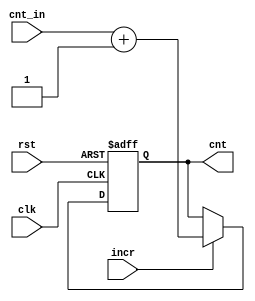
module counter(
    input clk,
    input rst,
    input incr,
    input [4:0] cnt_in,
    output reg [4:0] cnt
);

always @(posedge clk,posedge rst) begin
    if(rst) begin
        cnt <= 5'b0;
    end
    else if(incr) begin
        cnt <= cnt_in + 1;    
    end
end

endmodule


//------------------------------------------------------------------------------------


module adder(
    input [15:0] x,
    input [15:0] y,
    input c_in,
    output reg [15:0] z,
    output reg c_out 
);

always @(*) begin
    {c_out,z} <= x + y + c_in;
end

endmodule


//------------------------------------------------------------------------------------


module m_reg(
    input clk,
    input rst,
    input ld,
    input neg,
    input [15:0] M,
    output reg [15:0] m_rez
);

always @(posedge clk,posedge rst) begin
    if(rst) begin
        m_rez <= 16'b0;
    end
    else begin
        if(ld) begin
            m_rez <= M;
        end
        else if(neg) begin
            m_rez <= ~M + 1'b1;
        end
    end
end

endmodule


//------------------------------------------------------------------------------------


module q_reg(
    input clk,
    input rst,
    input ld,
    input ld_out,
    input shift,
    input corector,
    input a0,
    input [15:0] Q,
    input [15:0] q_in,
    output reg [15:0] q_rez,
    output reg [15:0] out
);


always @(posedge clk,posedge rst) begin
    if(rst) begin
        q_rez <=16'b0;
    end
    else begin
        if(ld) begin
            q_rez <= Q;
        end
        else if(shift) begin 
            q_rez <= {a0,q_in[15:1]};
        end
        else if(corector) begin
            q_rez <= {q_in[15:1],1'b0};
        end
        else if(ld_out) begin
            out <= q_rez;
        end
    end
end


endmodule


//------------------------------------------------------------------------------------


module a_reg(
    input clk,
    input rst,
    input ld,
    input ld_out,
    input shift,
    input Q,
    input M,
    input F,
    input [15:0] A,
    output reg [15:0] a_rez,
    output reg f_out,
    output reg [15:0] out
);

always @(posedge clk,posedge rst) begin
    if(rst) begin
        a_rez <= 16'b0;
        f_out <= 0;
    end
    else begin
        if(ld) begin
            a_rez <= A;
        end
        else if(shift) begin
            f_out <= (Q & M) | F;
            a_rez <= {f_out,a_rez[15:1]};
        end
        else if(ld_out) begin
            out <= a_rez;
        end
    end
end

endmodule


//------------------------------------------------------------------------------------


module control(
    input clk,
    input rst,
    input bgn,
    input [4:0] counter,
    input Q,
    input A_neg,
    output reg fin,
    output reg c0,c1,c2,c3,c4,c5,c6
);

reg [3:0] nxt_state,state_reg;

parameter S0 = 4'b0000;
parameter S1 = 4'b0001;
parameter S2 = 4'b0010;
parameter S3 = 4'b0011;
parameter S4 = 4'b0100;
parameter S5 = 4'b0101;
parameter S6 = 4'b0110;
parameter S7 = 4'b0111;
parameter S8 = 4'b1000;
parameter S9 = 4'b1001;
parameter S10 = 4'b1010;
parameter INIT = 4'b1011;
parameter FIN = 4'b1100;


always @(posedge clk,posedge rst) begin
    if (rst) begin
        state_reg <= INIT;
    end 
    else if(rst == 1'b0) begin
        state_reg <= nxt_state;        
    end
end


always @(*) begin
    case (state_reg)
        INIT : begin
            if(bgn == 1) begin
                nxt_state = S0;
                
            end
            else begin
                nxt_state = INIT;
            end
        end
        S0 : begin
            nxt_state = S1;           
        end
        S1 : begin
            nxt_state = S2;
        end
        S2 : begin
            nxt_state = S3;
        end 
        S3 : begin
            if(Q == 1'b1) begin
                nxt_state = S4;
            end
            else if(Q == 1'b0) begin
                nxt_state = S5;
            end
        end
        S4 : begin
            nxt_state = S5;
        end 
        S5 : begin
            nxt_state = S6;
        end
        S6 : begin
            if(counter < 5'b10000) begin
                nxt_state = S3;
            end
            else if(Q == 1'b1 && A_neg ==1'b1) begin
                nxt_state = S8;
            end
            else begin
                nxt_state = S7;
            end
        end
        S7 : begin
            nxt_state = S9;
        end
        S8 : begin
            nxt_state = S9;
        end 
        S9 : begin
            nxt_state = S10;
        end
        S10 : begin
            nxt_state = FIN;
        end
    endcase
    
end

always @(state_reg) begin
    {c0, c1, c2, c3, c4, c5, c6, fin} <= 8'b0;

    case(nxt_state)
        S1 : begin
            c0 <= 1'b1;
        end 
        S2 : begin
            c1 <= 1'b1;
        end
        S4 : begin
            c2 <= 1'b1;
        end
        S5 : begin
            c3 <= 1'b1;
        end
        S8 : begin
            c2 <= 1'b1;
            c4 <= 1'b1;
        end
        S9 : begin
            c5 <= 1'b1;
            c6 <= 1'b1;
        end
        S10 : begin
            c5 <= 1'b1;
            c6 <= 1'b1;
        end
        FIN : begin
            fin <= 1'b1;
        end
    endcase
end


endmodule


//--------------------------------------------------------------------------


module robertsn(
    input clk,
    input rst,
    input bgn,
    input [15:0] inbus_q,
    input [15:0] inbus_m,
    output [31:0] outbus,
    output fin
);

    reg [15:0] A;
    reg [15:0] Q;
    reg [15:0] M;
    reg [4:0] count;
    reg F_reg;
    wire c0,c1,c2,c3,c4,c5,c6;

    wire [15:0] A_temp;
    wire [15:0] A_temp2;
    wire [15:0] Q_temp;
    wire [15:0] M_temp;
    wire [4:0] count_temp;
    wire f_temp;
    wire cout;

    



    a_reg a_reg_i(.clk(clk),.rst(rst),.ld(c2),.shift(c3),.F(F_reg),.Q(Q[0]),.M(inbus_m[15]),.ld_out(c5),.A(A_temp),.out(outbus[31:16]),.a_rez(A_temp2),.f_out(f_temp));

    always @(*) begin
        F_reg = f_temp;
        A = A_temp2;
    end

    m_reg m_reg_i(.clk(clk),.rst(rst),.ld(c0),.neg(c4),.M(inbus_m),.m_rez(M_temp));

    q_reg q_reg_i(.clk(clk),.rst(rst),.ld(c1),.ld_out(c6),.shift(c3),.corector(c4),.a0(A[0]),.Q(inbus_q),.q_in(Q),.q_rez(Q_temp),.out(outbus[15:0]));

    always @(*) begin
        Q = Q_temp;
    end

    

    adder adder_i(.x(A),.y(inbus_m),.c_in(1'b0),.z(A_temp),.c_out(cout));

    counter counter_i(.clk(clk),.rst(rst),.incr(c3),.cnt_in(count),.cnt(count_temp));

    always @(*) begin
        count = count_temp;
        
    end

    control control_i(  .clk(clk),.rst(rst),.bgn(bgn),.counter(count),.Q(Q[0]),.A_neg(A[15]),.fin(fin),
                        .c0(c0),.c1(c1),.c2(c2),.c3(c3),.c4(c4),.c5(c5),.c6(c6));



endmodule